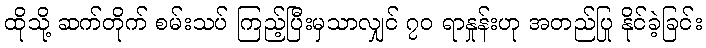
ထိုသို့ ဆက်တိုက် စမ်းသပ် ကြည့်ပြီးမှသာလျှင် ၇၀ ရာနှုန်းဟု အတည်ပြု နိုင်ခဲ့ခြင်း